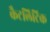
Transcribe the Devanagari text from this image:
कैटलिटिक